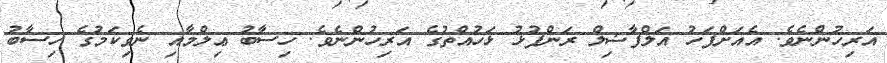
އަރިހުންނެވެ. އެއަށްފަހު އަލްފާޟިލް ރަންފުޅު ޅަހުއްތުގެ އަރިހުންނެވެ. ހިސާބު ޢިލްމާއި ނެވިކަމުގެ ހިސާބު